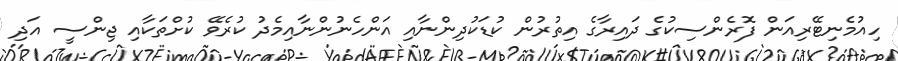
ހިއުމެނިޓޭރިއަން ފޮރެންސިކުގެ ދައިރާގެ އިތުރުން ކުޑަކުދިންނާއި އަންހެނުންނާއިމެދު ކުރެވޭ ކުށްތަކާއި ޖިންސީ އަދި